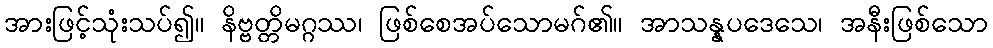
အားဖြင့်သုံးသပ်၍။ နိဗ္ဗတ္တိမဂ္ဂဿ၊ ဖြစ်စေအပ်သောမဂ်၏။ အာသန္နပဒေသေ၊ အနီးဖြစ်သော